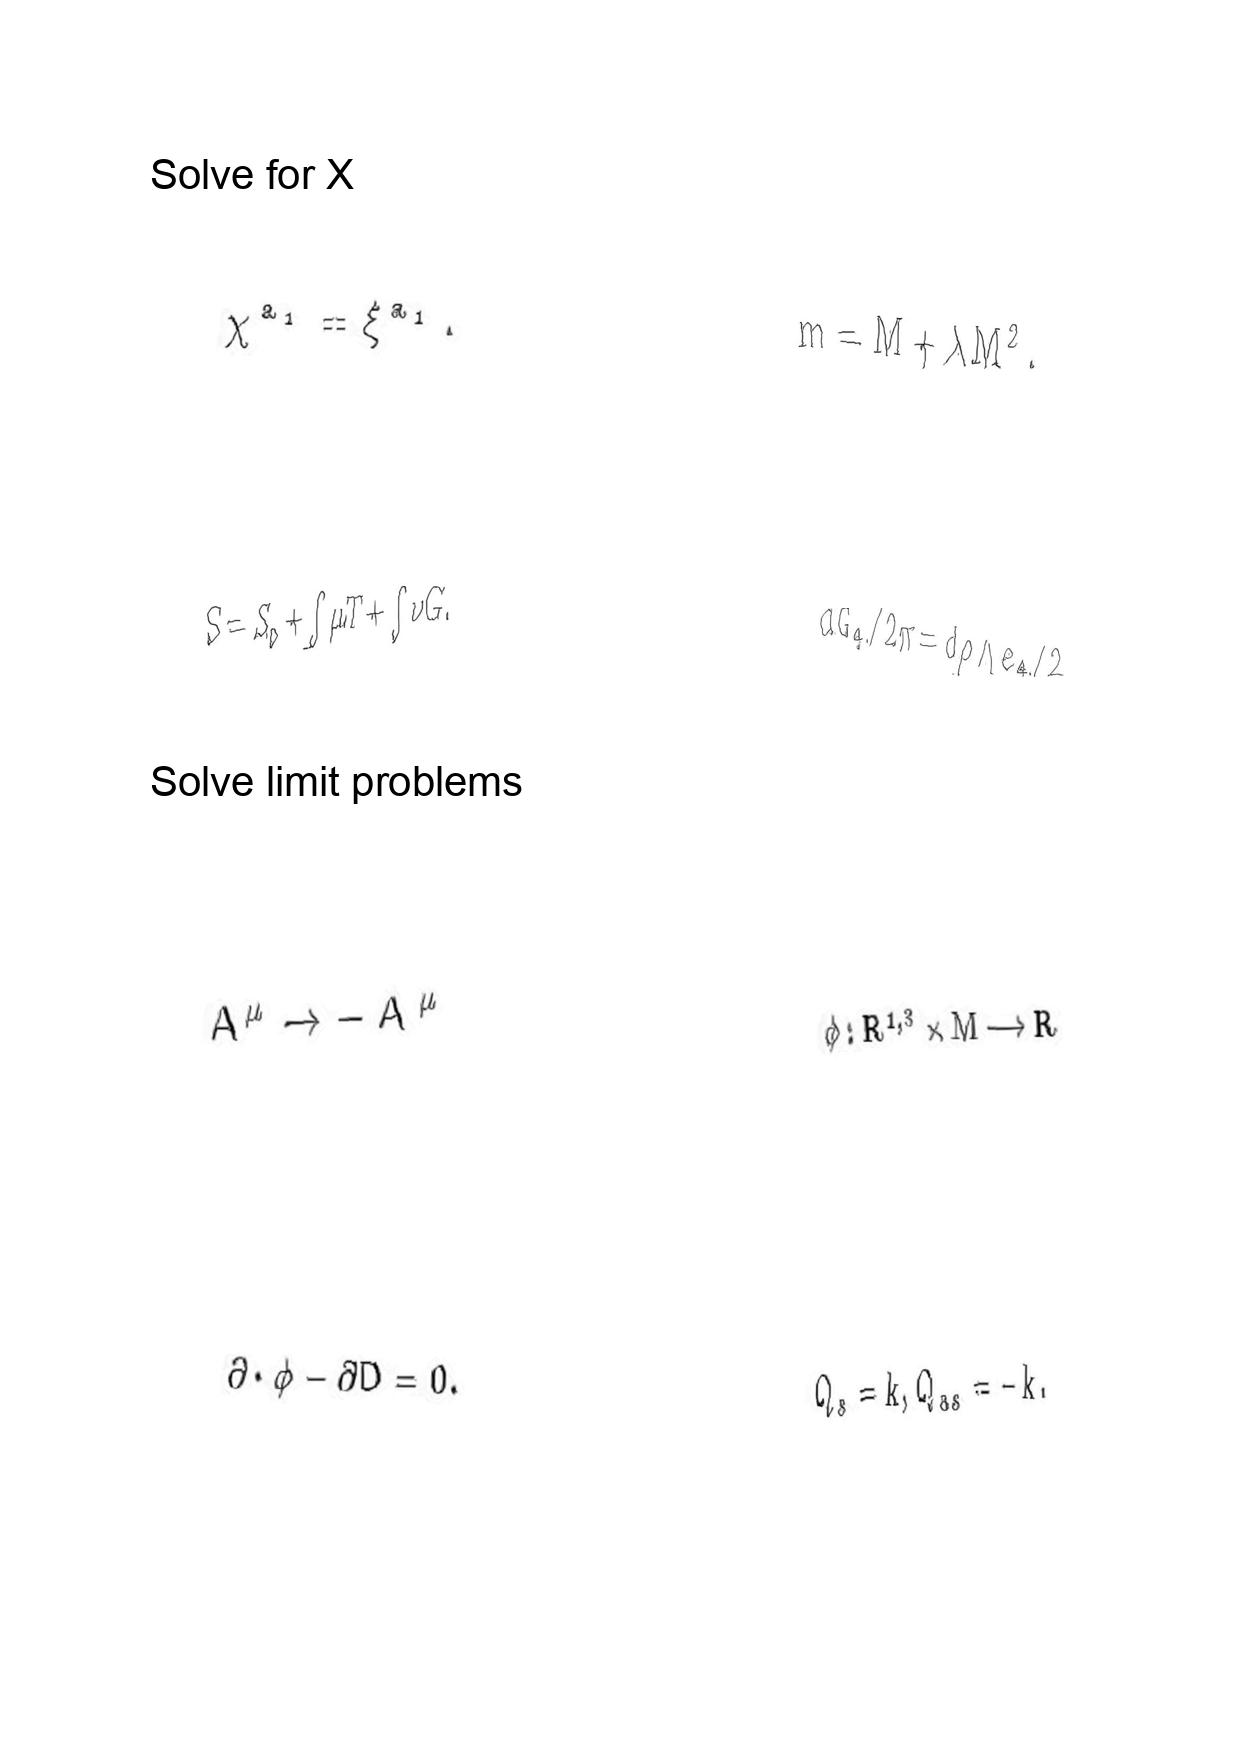
LaTeX transcription:
\chi ^ { a _ { 1 } } = \xi ^ { a _ { 1 } } .
S = S _ { 0 } + \int \mu T + \int \nu G .
A ^ { \mu } \rightarrow - \tilde { A } ^ { \mu }
\partial \cdot \phi - \partial D = 0 .
m = M + \lambda M ^ { 2 } .
d G _ { 4 } / 2 \pi = d \rho \land e _ { 4 } / 2
\phi : R ^ { 1 , 3 } \times M \longrightarrow R
Q _ { s } = k , Q _ { a s } = - k .